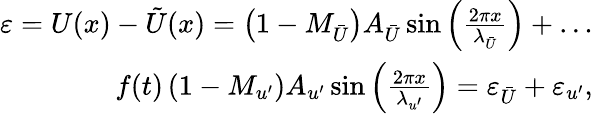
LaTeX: \begin{array}{r}{\varepsilon=U(x)-\tilde{U}(x)=\left(1-M_{\bar{U}}\right)A_{\bar{U}}\sin\left(\frac{2\pi x}{\lambda_{\bar{U}}}\right)+\ldots}\\ {f(t)\left(1-M_{u^{\prime}}\right)A_{u^{\prime}}\sin\left(\frac{2\pi x}{\lambda_{u^{\prime}}}\right)=\varepsilon_{\bar{U}}+\varepsilon_{u^{\prime}},}\end{array}